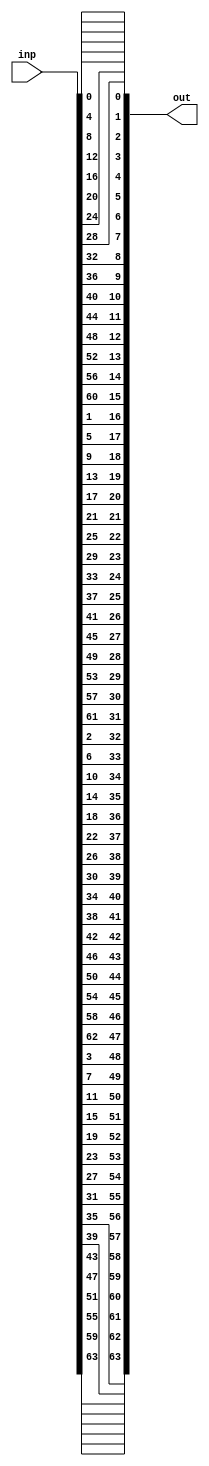
//////////////////////////////////////////////////
// Permutation block for PRESENT
//
module  perm  ( inp , out ) ;


input   [0:63]   inp ;  // 64-bit input

output  [0:63]   out ;  // 64-bit output


// Permutation
assign  out  =  { inp[00],inp[04],inp[08],inp[12],inp[16],inp[20],inp[24],inp[28], 
                  inp[32],inp[36],inp[40],inp[44],inp[48],inp[52],inp[56],inp[60], 
                  inp[01],inp[05],inp[09],inp[13],inp[17],inp[21],inp[25],inp[29], 
                  inp[33],inp[37],inp[41],inp[45],inp[49],inp[53],inp[57],inp[61], 
                  inp[02],inp[06],inp[10],inp[14],inp[18],inp[22],inp[26],inp[30], 
                  inp[34],inp[38],inp[42],inp[46],inp[50],inp[54],inp[58],inp[62], 
                  inp[03],inp[07],inp[11],inp[15],inp[19],inp[23],inp[27],inp[31], 
                  inp[35],inp[39],inp[43],inp[47],inp[51],inp[55],inp[59],inp[63] } ;


endmodule